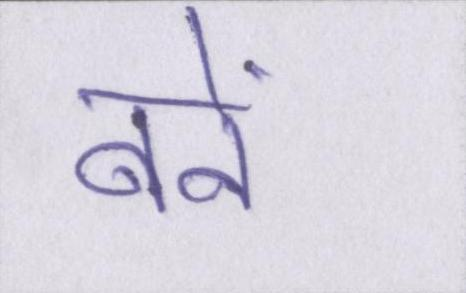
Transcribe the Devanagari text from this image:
बनें